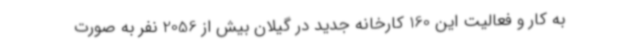
به کار و فعالیت این 160 کارخانه جدید در گیلان بیش از 2056 نفر به صورت